65_HS1-834228961_62-HQ-83894_Section_10
Agency: FBI
Page 168
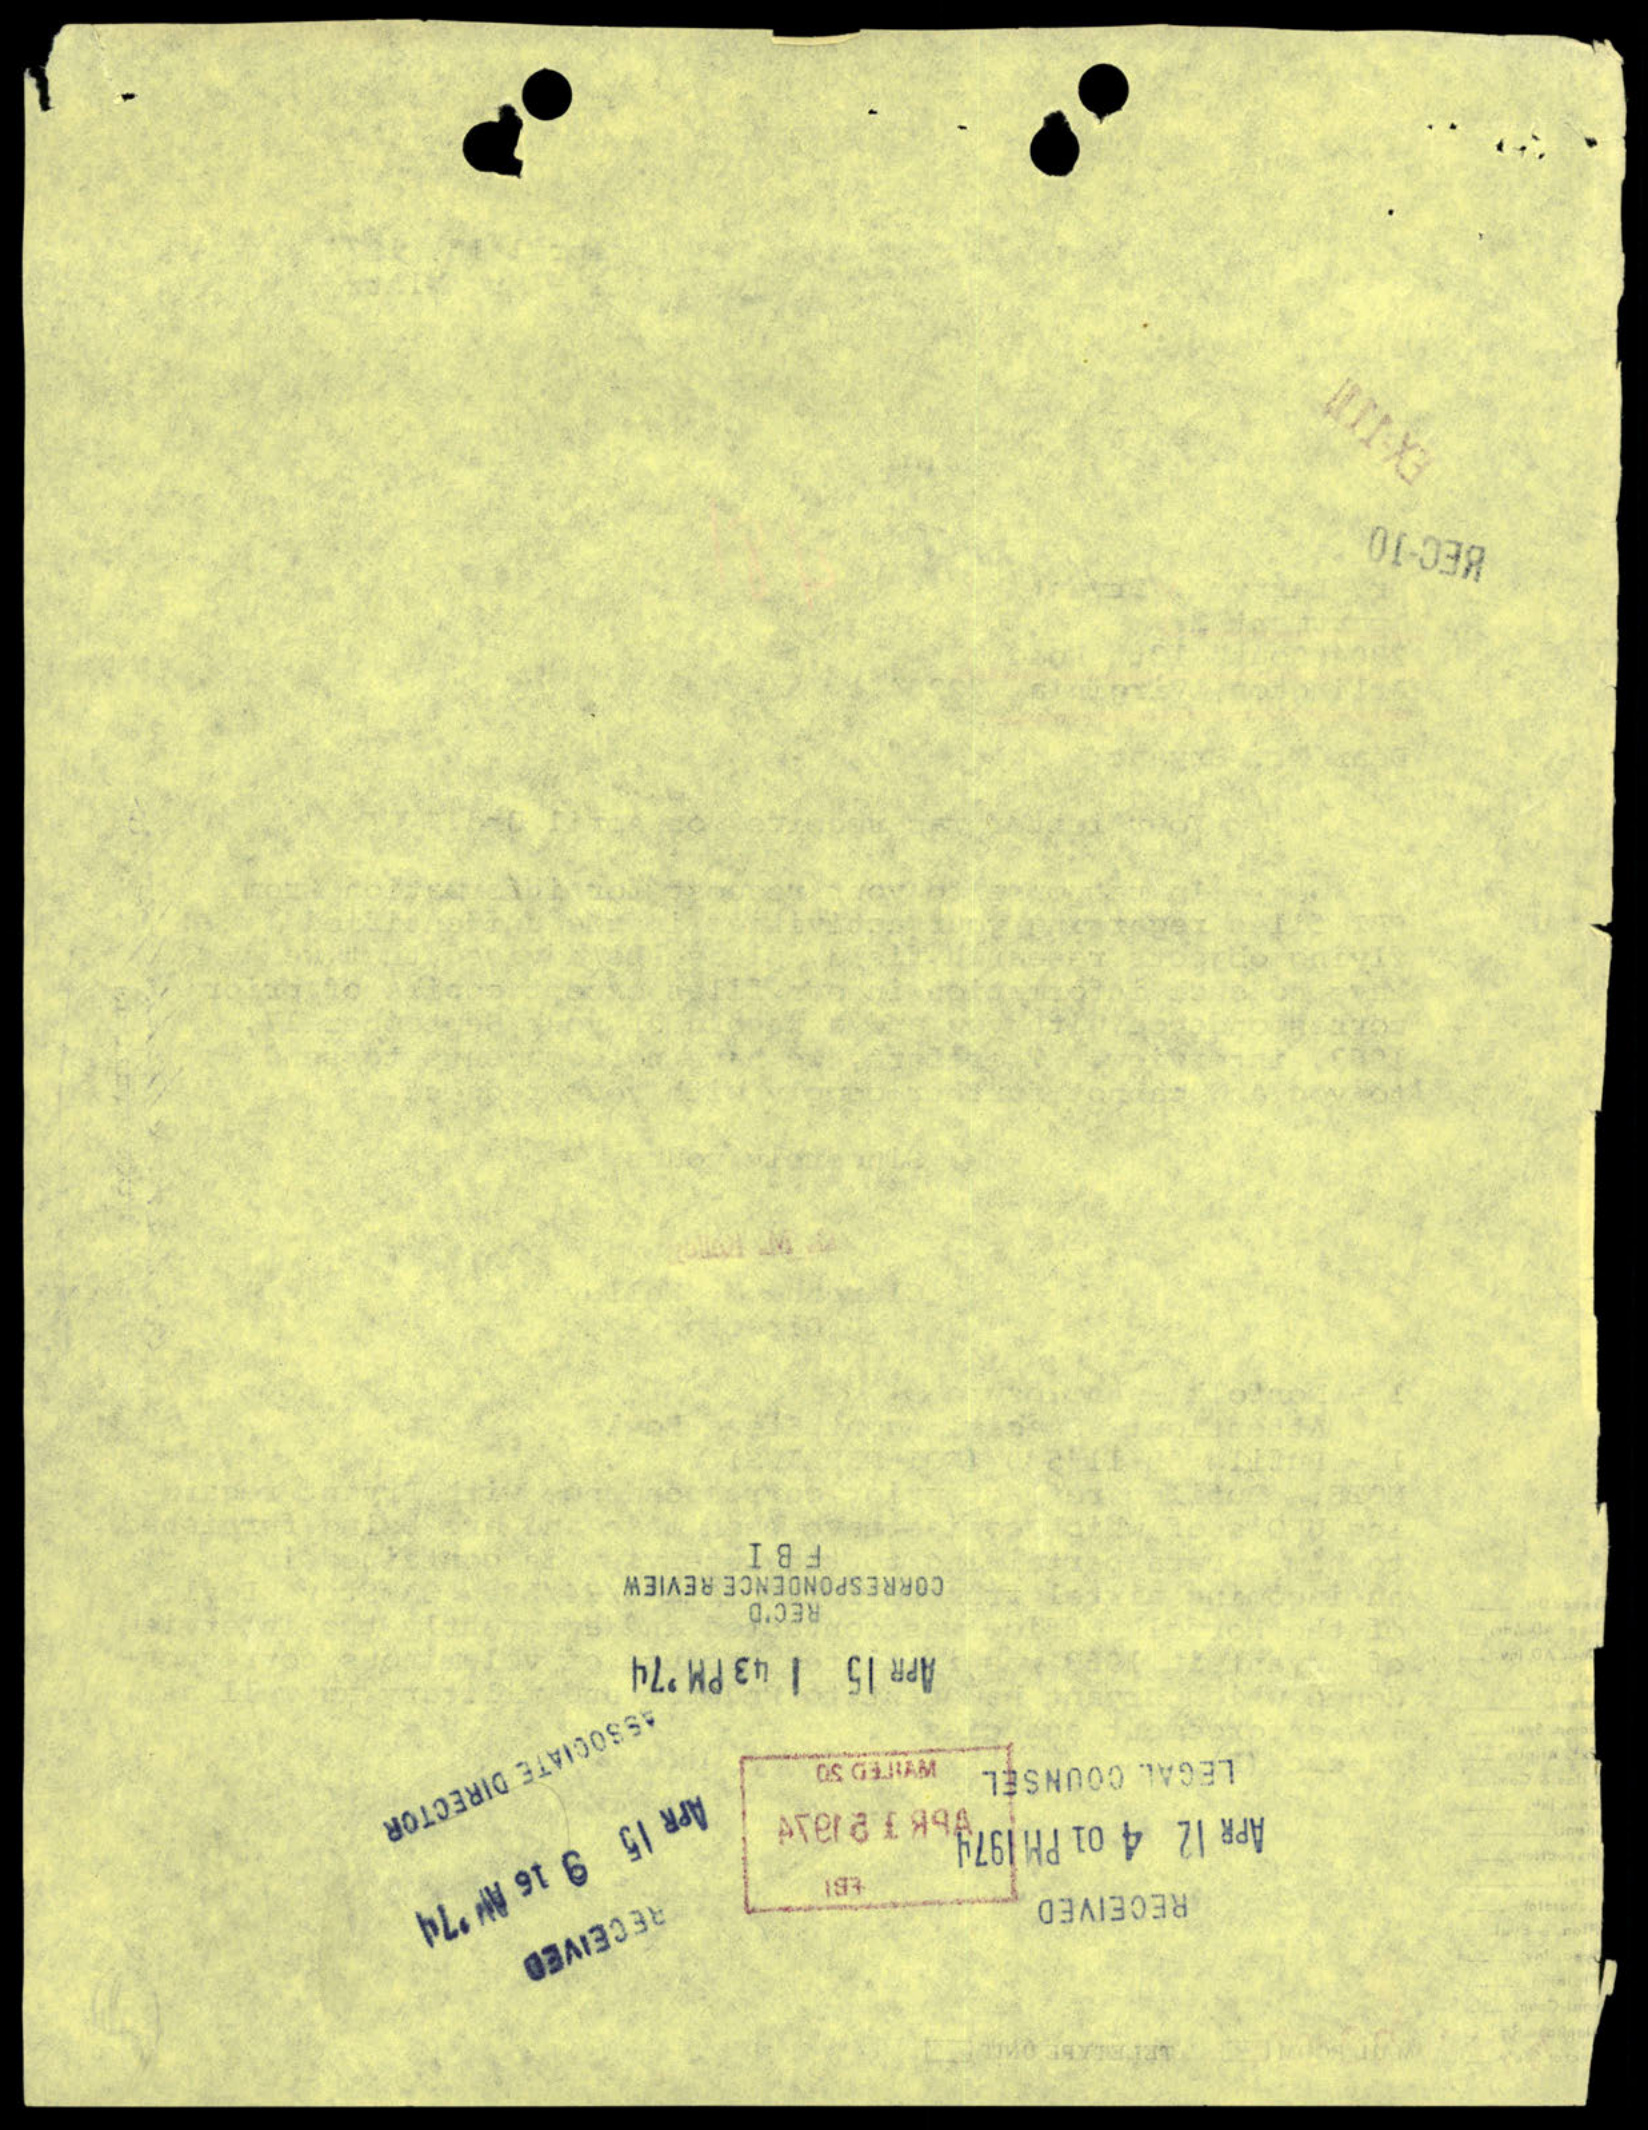